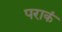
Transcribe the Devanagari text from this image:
पराकं